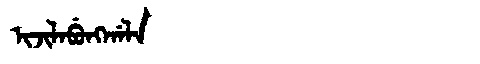
Manchu: ᡳᠵᡳᠯᠠᠪᡠᠩᡤᠠᠯᠠ
Romanization: IJILABUNGGALA